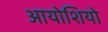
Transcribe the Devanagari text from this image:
आयोशियो